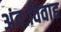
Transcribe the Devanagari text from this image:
अंतःविवाह